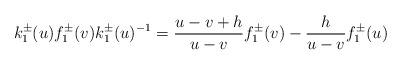
LaTeX: \begin{align*}k_{1}^{\pm}(u)f_{1}^{\pm}(v)k_{1}^{\pm}(u)^{-1}=\frac{u-v+h}{u-v}f_{1}^{\pm}(v)-\frac{h}{u-v}f_{1}^{\pm}(u)\end{align*}